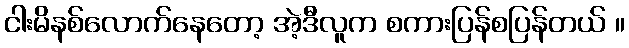
ငါးမိနစ်လောက်နေတော့ အဲ့ဒီလူက စကားပြန်စပြန်တယ် ။